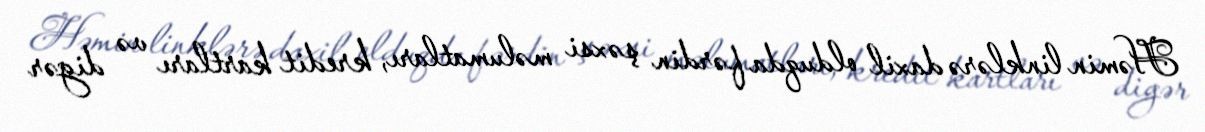
Həmin linklərə daxil olduqda fərdin şəxsi məlumatları, kredit kartları və digər